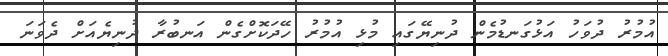
އުމުރު ދުވަހު އަޅުގަނޑުމެން ދުނިޔޭގައި މުޅި އުމުރު ހޭދަކޮށްގެން އަނބުރާ ދުނިޔެއަށް ދެވަނަ